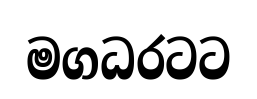
මගධරටට